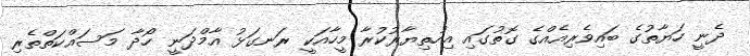
ދެނީ ހަޔާތުގެ ބައިވެރިއެއްގެ ގޮތުގައި އިހުތިޔާރުކުރާ މީހާއަކީ ރަނގަޅު އާމްދަނީ ހޯދާ މަސައްކަތްތެރި